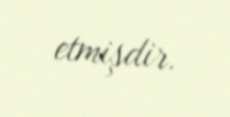
etmişdir.